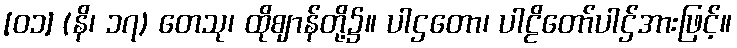
[၀၁] (နိ၊ ၁၇) တေသု၊ ထိုဈာန်တို့၌။ ပါဌတော၊ ပါဠိတော်ပါဌ်အားဖြင့်။